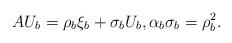
LaTeX: \begin{align*}AU_b=\rho_b\xi_b+\sigma_bU_b, \alpha_b\sigma_b=\rho_b^2.\end{align*}